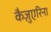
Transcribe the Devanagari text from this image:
कैज़ुएरिना